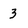
Character: 3